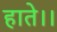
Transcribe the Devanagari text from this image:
हाते।।